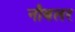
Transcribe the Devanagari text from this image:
नौबलर